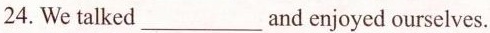
24.We talked___and enjoyed ourselves.